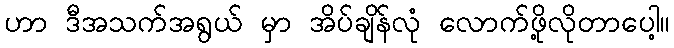
ဟာ ဒီအသက်အရွယ် မှာ အိပ်ချိန်လုံ လောက်ဖို့လိုတာပေါ့။